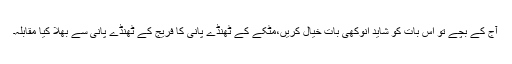
آج کے بچے تو اس بات کو شاید انوکھی بات خیال کریں،مٹکے کے ٹھنڈے پانی کا فریج کے ٹھنڈے پانی سے بھلا کیا مقابلہ۔